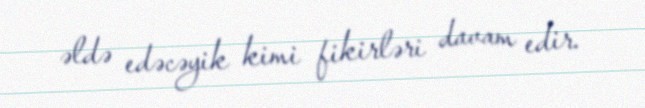
əldə edəcəyik kimi fikirləri davam edir.